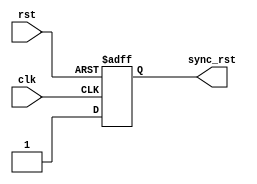
module rst_sync (clk,rst,sync_rst);

input      clk;
input      rst;
output reg sync_rst;

always @(posedge clk, negedge rst)
begin
   if(~rst)
   begin
      sync_rst <= 1'b0;
   end
   else
   begin
      sync_rst <= 1'b1;            
   end
end

endmodule